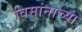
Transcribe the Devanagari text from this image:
विमांनांच्या